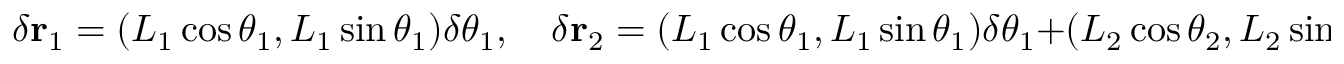
\delta \mathbf { r } _ { 1 } = ( L _ { 1 } \cos \theta _ { 1 } , L _ { 1 } \sin \theta _ { 1 } ) \delta \theta _ { 1 } , \quad \delta \mathbf { r } _ { 2 } = ( L _ { 1 } \cos \theta _ { 1 } , L _ { 1 } \sin \theta _ { 1 } ) \delta \theta _ { 1 } + ( L _ { 2 } \cos \theta _ { 2 } , L _ { 2 } \sin \theta _ { 2 } ) \delta \theta _ { 2 }